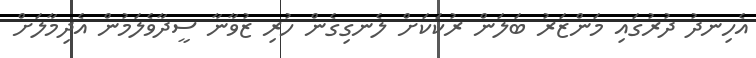
އެހިނދު ދުރުގައި މަންޒަރު ބަލަން ރުކަކަށް ލެނގިގެން ހުރި ޒުވާނާ ސީދާވެލަމުން އެދިމާލަށް